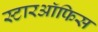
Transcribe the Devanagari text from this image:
स्टारऑफिस